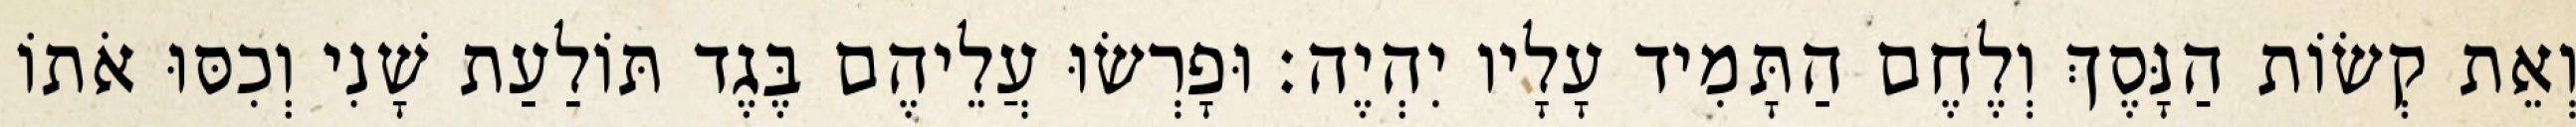
וְאֵת קְשׂוֹת הַנָּסֶךְ וְלֶחֶם הַתָּמִיד עָלָיו יִהְיֶה׃ וּפָרְשׂוּ עֲלֵיהֶם בֶּגֶד תּוֹלַעַת שָׁנִי וְכִסּוּ אֹתוֹ